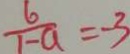
\frac { 6 } { 1 - a } = - 3